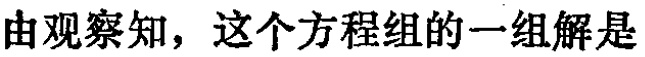
由观察知，这个方程组的一组解是